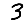
Digit: 3